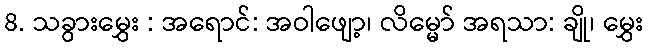
8. သခွားမွှေး : အရောင်: အဝါဖျော့၊ လိမ္မော် အရသာ: ချို၊ မွှေး